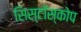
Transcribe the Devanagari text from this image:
सिस्टॉस्कोप